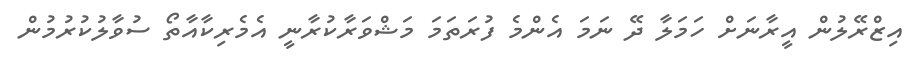
އިޒްރޭލުން އީރާނަށް ހަމަލާ ދޭ ނަމަ އެންމެ ފުރަތަމަ މަޝްވަރާކުރާނީ އެމެރިކާއާތޯ ސުވާލުކުރުމުން